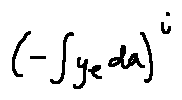
( - \int y _ { e } d a ) ^ { i }